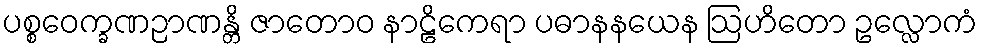
ပစ္စဝေက္ခဏဉာဏန္တိ ဇာတောဝ နာဠိကေရာ ပဓာနနယေန ဩဟိတော ဥလ္လောကံ